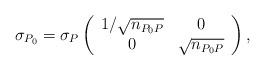
LaTeX: \begin{align*} \sigma_{P_{0}}=\sigma_{P}\left(\begin{array}{ccc} 1\slash \sqrt{n_{P_{0}P}}& 0\\0 &\sqrt{n_{P_{0}P}} \end{array}\right),\end{align*}